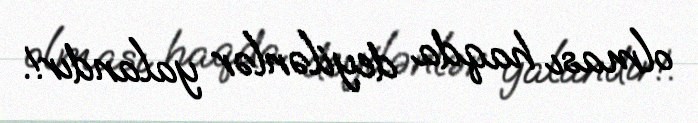
olması haqda deyilənlər yalandır!.